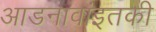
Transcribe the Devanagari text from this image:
आडनावांइतकी